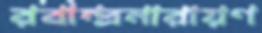
রবীন্দ্রনারায়ণ